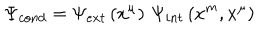
\Psi _ { c o n d } = \Psi _ { e x t } \left( x ^ { \mu } \right) \, \Psi _ { i n t } \left( x ^ { m } , x ^ { \mu } \right)